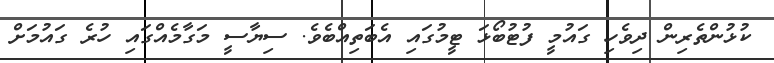
ކުޅުންތެރިން ދިވެހި ގައުމީ ފުޓުބޯޅަ ޓީމުގައި އެބަތިއްބެވެ. ސިޔާސީ މަގާމެއްގައި ހުރެ ގައުމަށް